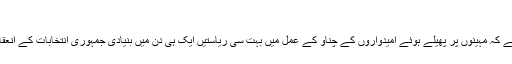
”
یہ محض اتفاق نہیں ہے کہ مہینوں پر پھیلے ہوئے امیدواروں کے چناؤ کے عمل میں بہت سی ریاستیں ایک ہی دن میں بنیادی جمہوری انتخابات کے انعقاد کا فیصلہ کرتی ہیں۔